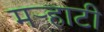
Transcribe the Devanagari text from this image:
मर्‍हाटी